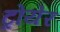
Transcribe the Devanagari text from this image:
ट्रोयेर